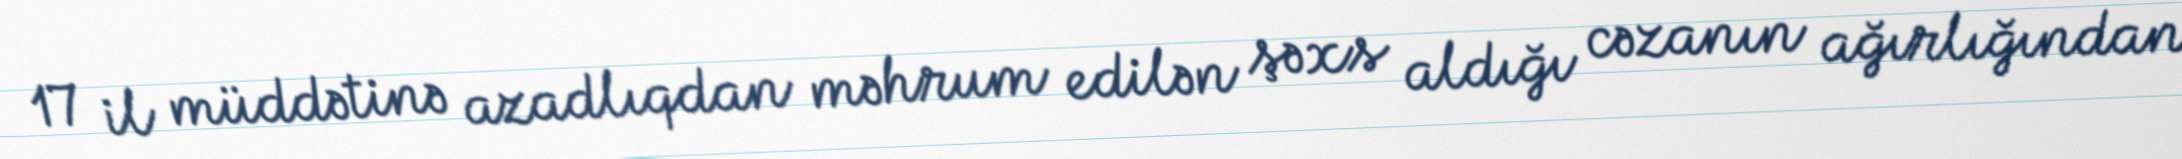
17 il müddətinə azadlıqdan məhrum edilən şəxs aldığı cəzanın ağırlığından